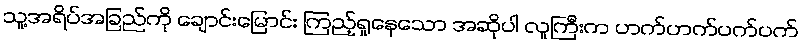
သူ့အရိပ်အခြည်ကို ချောင်းမြောင်း ကြည့်ရှုနေသော အဆိုပါ လူကြီးက ဟက်ဟက်ပက်ပက်